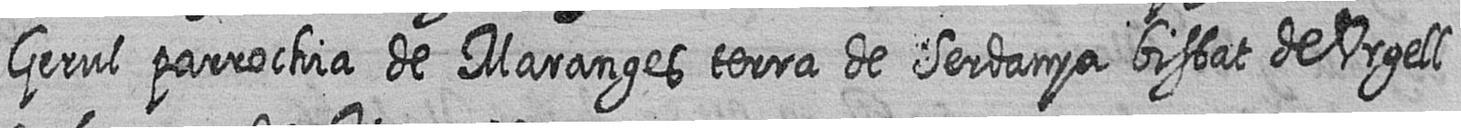
Gerul parrochia de Maranges terra de Serdanya bisbat de Urgell